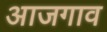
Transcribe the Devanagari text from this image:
आजगाव